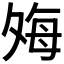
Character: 𫯎